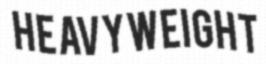
HEAVYWEIGHT